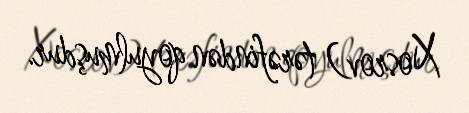
Xosrov) tərəfindən qoyulmuşdur.